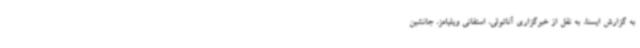
به گزارش ایسنا، به نقل از خبرگزاری آناتولی، استفانی ویلیامز، جانشین